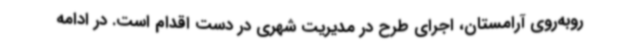
روبه‌روی آرامستان، اجرای طرح در مدیریت شهری در دست اقدام است. در ادامه